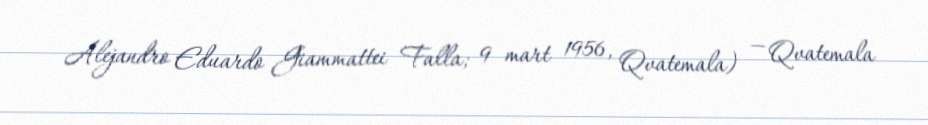
Alejandro Eduardo Giammattei Falla; 9 mart 1956, Qvatemala) — Qvatemala